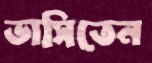
ভাসিতেন